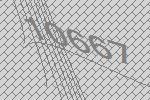
10667